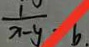
\frac { 1 } { x - y } \cdot b .